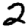
Digit: 2